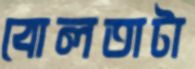
বোলতাটা